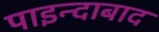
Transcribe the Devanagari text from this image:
पाइन्दाबाद